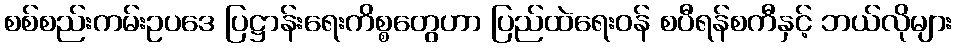
စစ်စည်းကမ်းဥပဒေ ပြဋ္ဌာန်းရေးကိစ္စတွေဟာ ပြည်ထဲရေးဝန် စပီရန်စကီနှင့် ဘယ်လိုများ